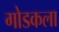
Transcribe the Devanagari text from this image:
गोडकला